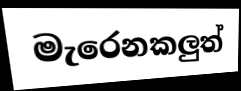
මැරෙනකලුත්